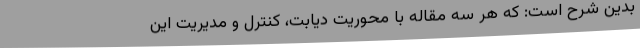
بدین شرح است: که هر سه مقاله با محوریت دیابت، کنترل و مدیریت این